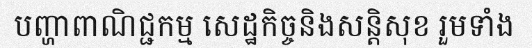
បញ្ហាពាណិជ្ជកម្ម សេដ្ឋកិច្ចនិងសន្តិសុខ រួមទាំង